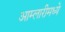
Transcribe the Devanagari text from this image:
आम्लारीमध्ये